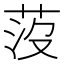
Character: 莈